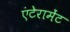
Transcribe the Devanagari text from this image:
एंटेरामेंट